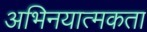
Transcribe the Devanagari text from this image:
अभिनयात्मकता